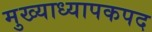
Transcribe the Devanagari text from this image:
मुख्याध्यापकपद